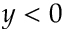
y < 0